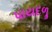
પાયદળૢ